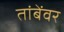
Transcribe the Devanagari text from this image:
तांबेंवर